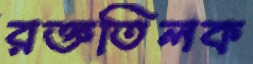
রক্ততিলক